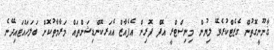
ޤާނޫނީގޮތުން ގެޒެޓްކުރެވޭ ލިޔުން މިނިސްޓްރީ އޮފް ފޮރިން އެފެއާޒް އެއަރކޮންޑިޝަންތައް މަރާމާތުކޮށް ބަލަހައްޓައިދޭނެ